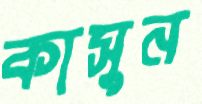
কাসুন